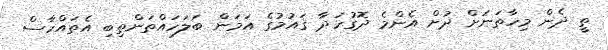
ތީ ދެން މިހާތަނަށް ދުށް އެންމެ ދޮގުހަދާ ޤައުމުގެ އަމަން ބަލަހައްތަންތިބި އެތައްހާސް